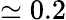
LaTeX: \simeq 0.2